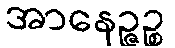
အာနေဉ္ဇဉ္စ